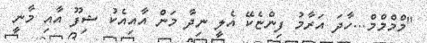
"މްމްމްމް...ހާދަ އަރާމު ފިންޏެކޭ އެލީ ނިދާ މަން އާއިއެކު ޝިފޫ އާއި މާނީ